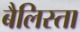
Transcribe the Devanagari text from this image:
बैलिस्ता